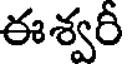
ఈశ్వరీ